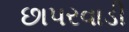
છાપરવાડી